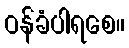
ဝန်ခံပါရစေ။